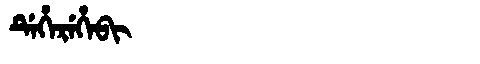
Manchu: ᡩᡝᡥᡝᡵᡝᡥᡝᠪᡳ
Romanization: DEHEREHEBI